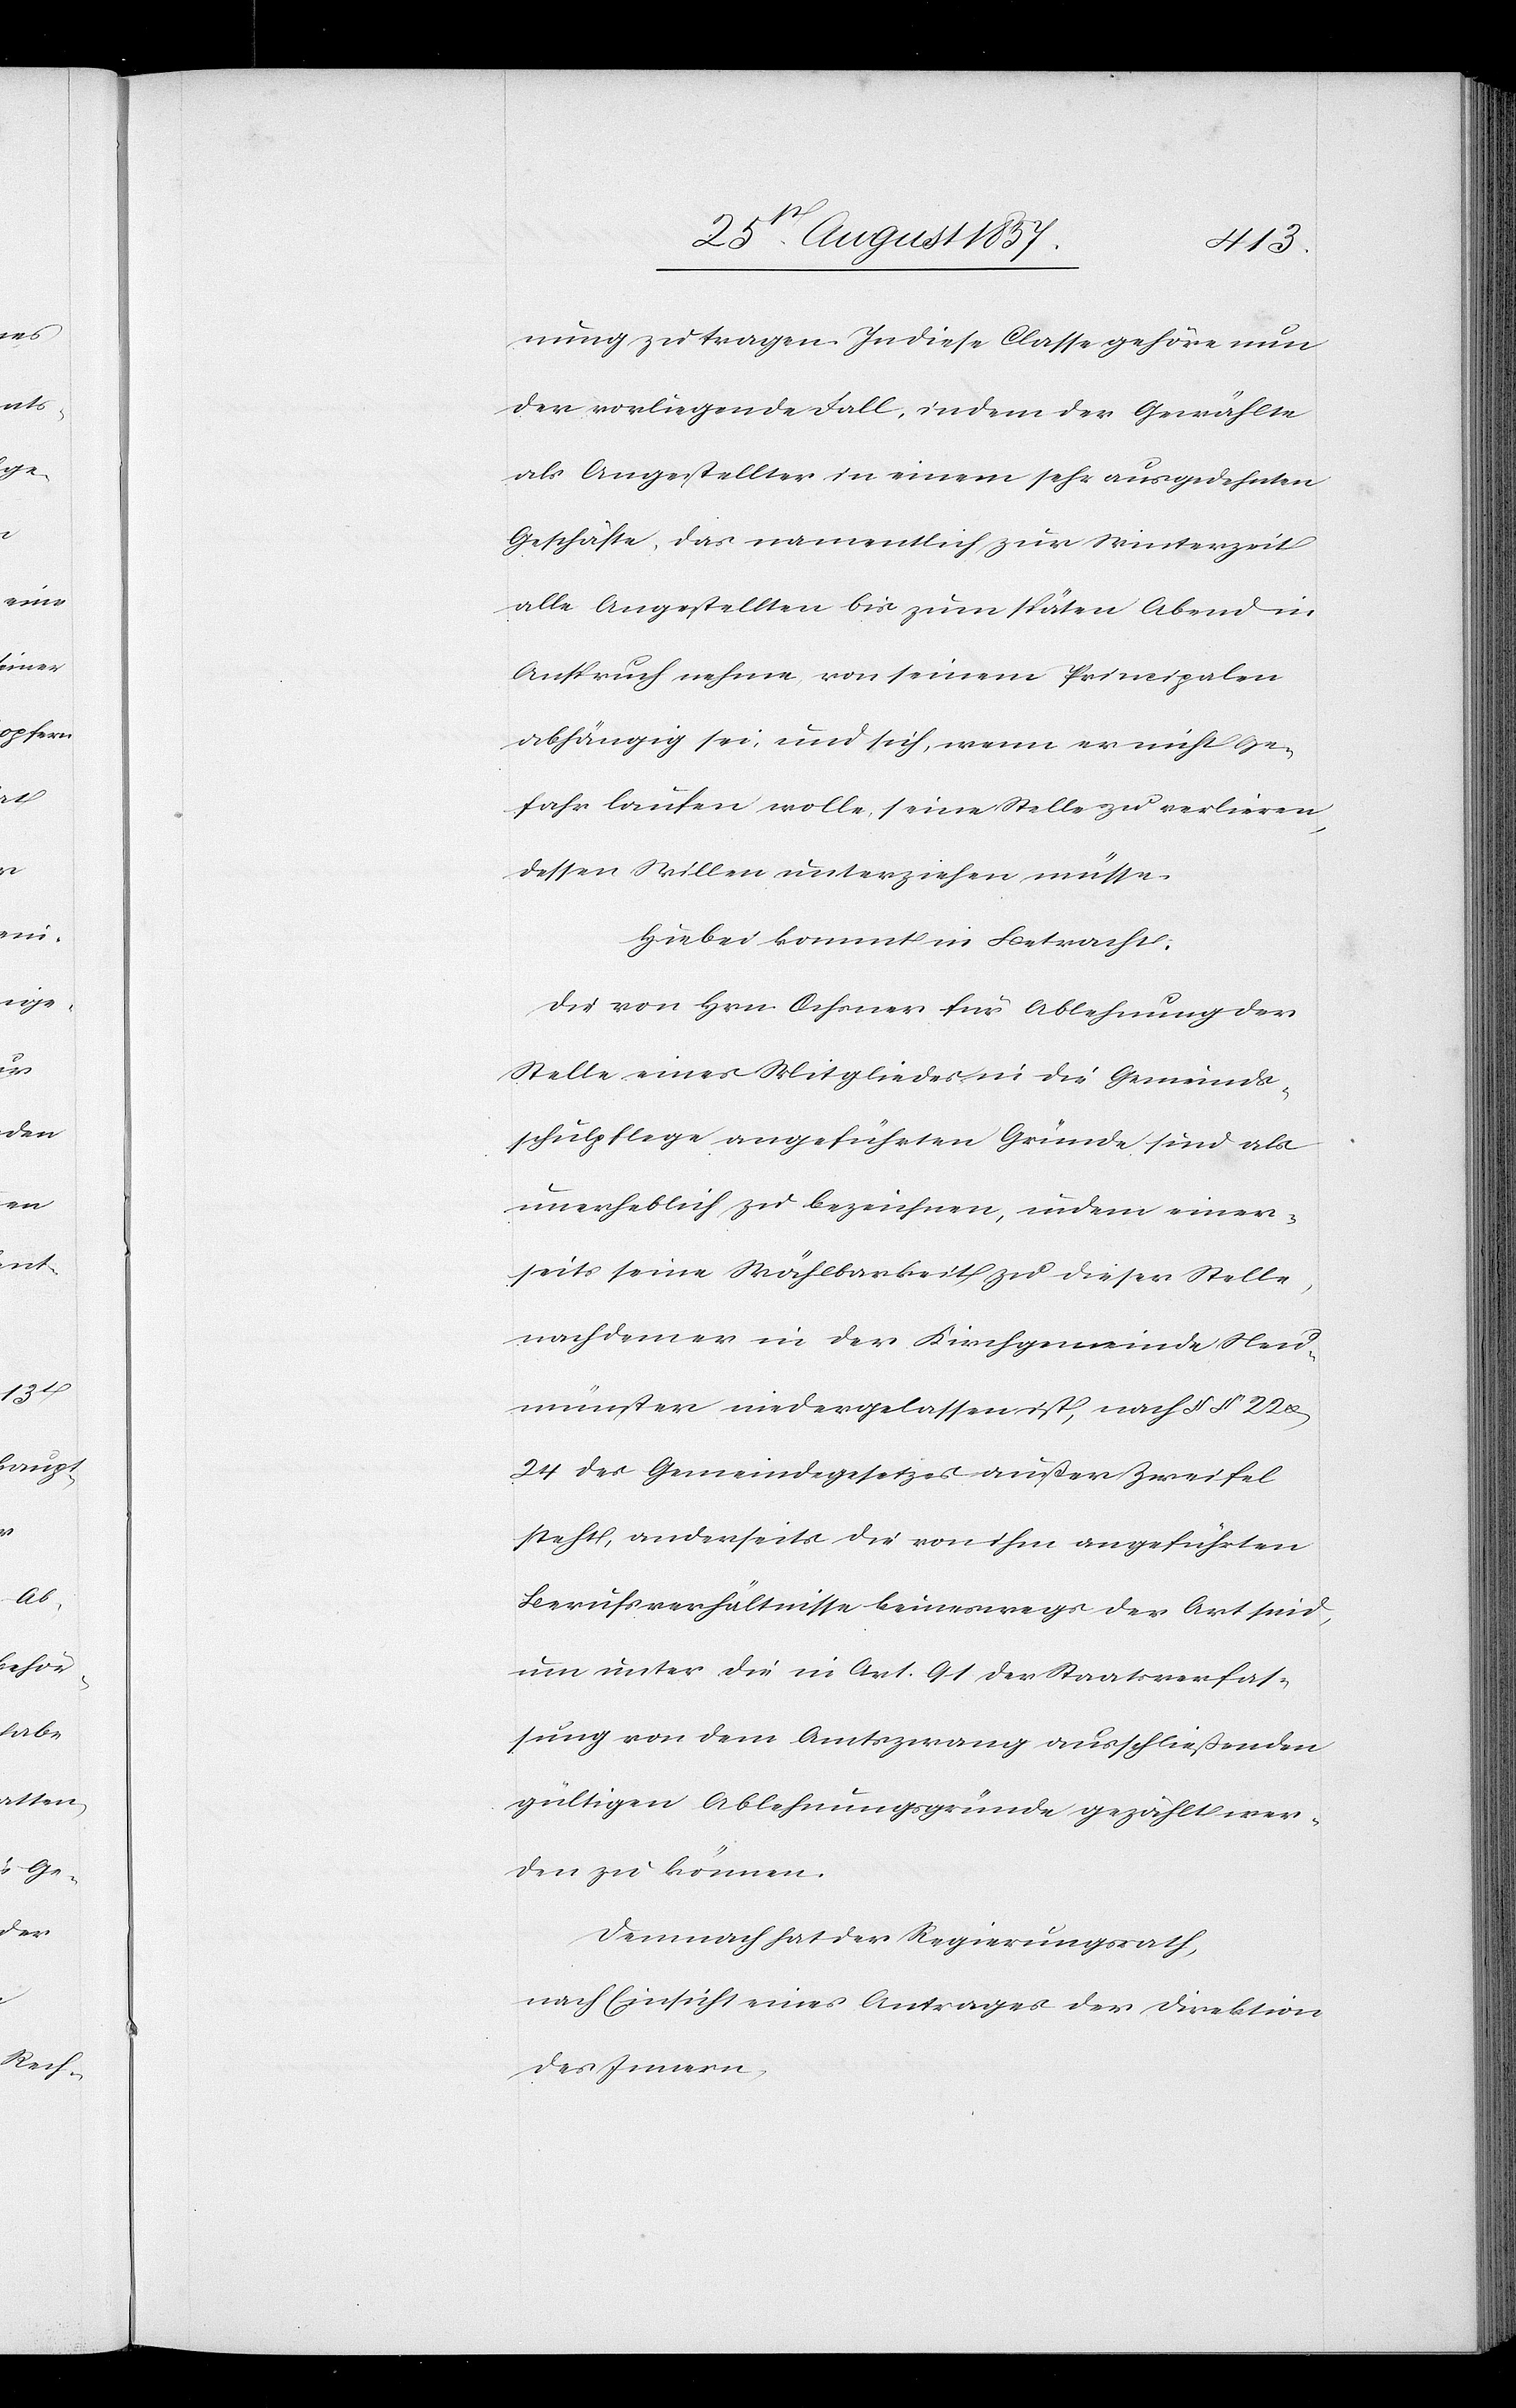
nung zu tragen. In diese Classe gehöre nun
der vorliegende Fall, indem der Gewählte
als Angestellter in einem sehr ausgedehnten
Geschäfte, das namentlich zur Winterzeit
alle Angestellten bis zum späten Abend in
Anspruch nehme, von seinem Principalen
abhängig sei, und sich, wenn er nicht Ge¬
fahr laufen wolle, seine Stelle zu verlieren,
dessen Willen unterziehen müsse.
Hiebei kommt in Betracht:
Die von Hrn. Ochsner für Ablehnung der
Stelle eines Mitgliedes in die Gemeinds¬
schulpflege angeführten Gründe sind als
unerheblich zu bezeichnen, indem einer¬
seits seine Wählbarkeit zu dieser Stelle,
nachdem er in der Kirchgemeinde Neu¬
münster niedergelassen ist, nach §§ 22 &
24 des Gemeindegesetzes außer Zweifel
steht, anderseits die von ihm angeführten
Berufsverhältnisse keineswegs der Art sind,
um unter die in Art. 91 der Staatsverfas¬
sung von dem Amtszwang ausschließenden
gültigen Ablehnungsgründe gezählt wer¬
den zu können.
Demnach hat der Regierungsrath,
nach Einsicht eines Antrages der Direktion
des Innern,